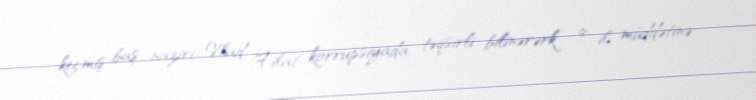
keçmiş baş naziri Vlad Filat korrupsiyada təqsirli bilinərərk 9 il müddətinə